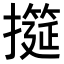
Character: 𢷩